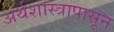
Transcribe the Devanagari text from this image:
अर्थशास्त्रापासून